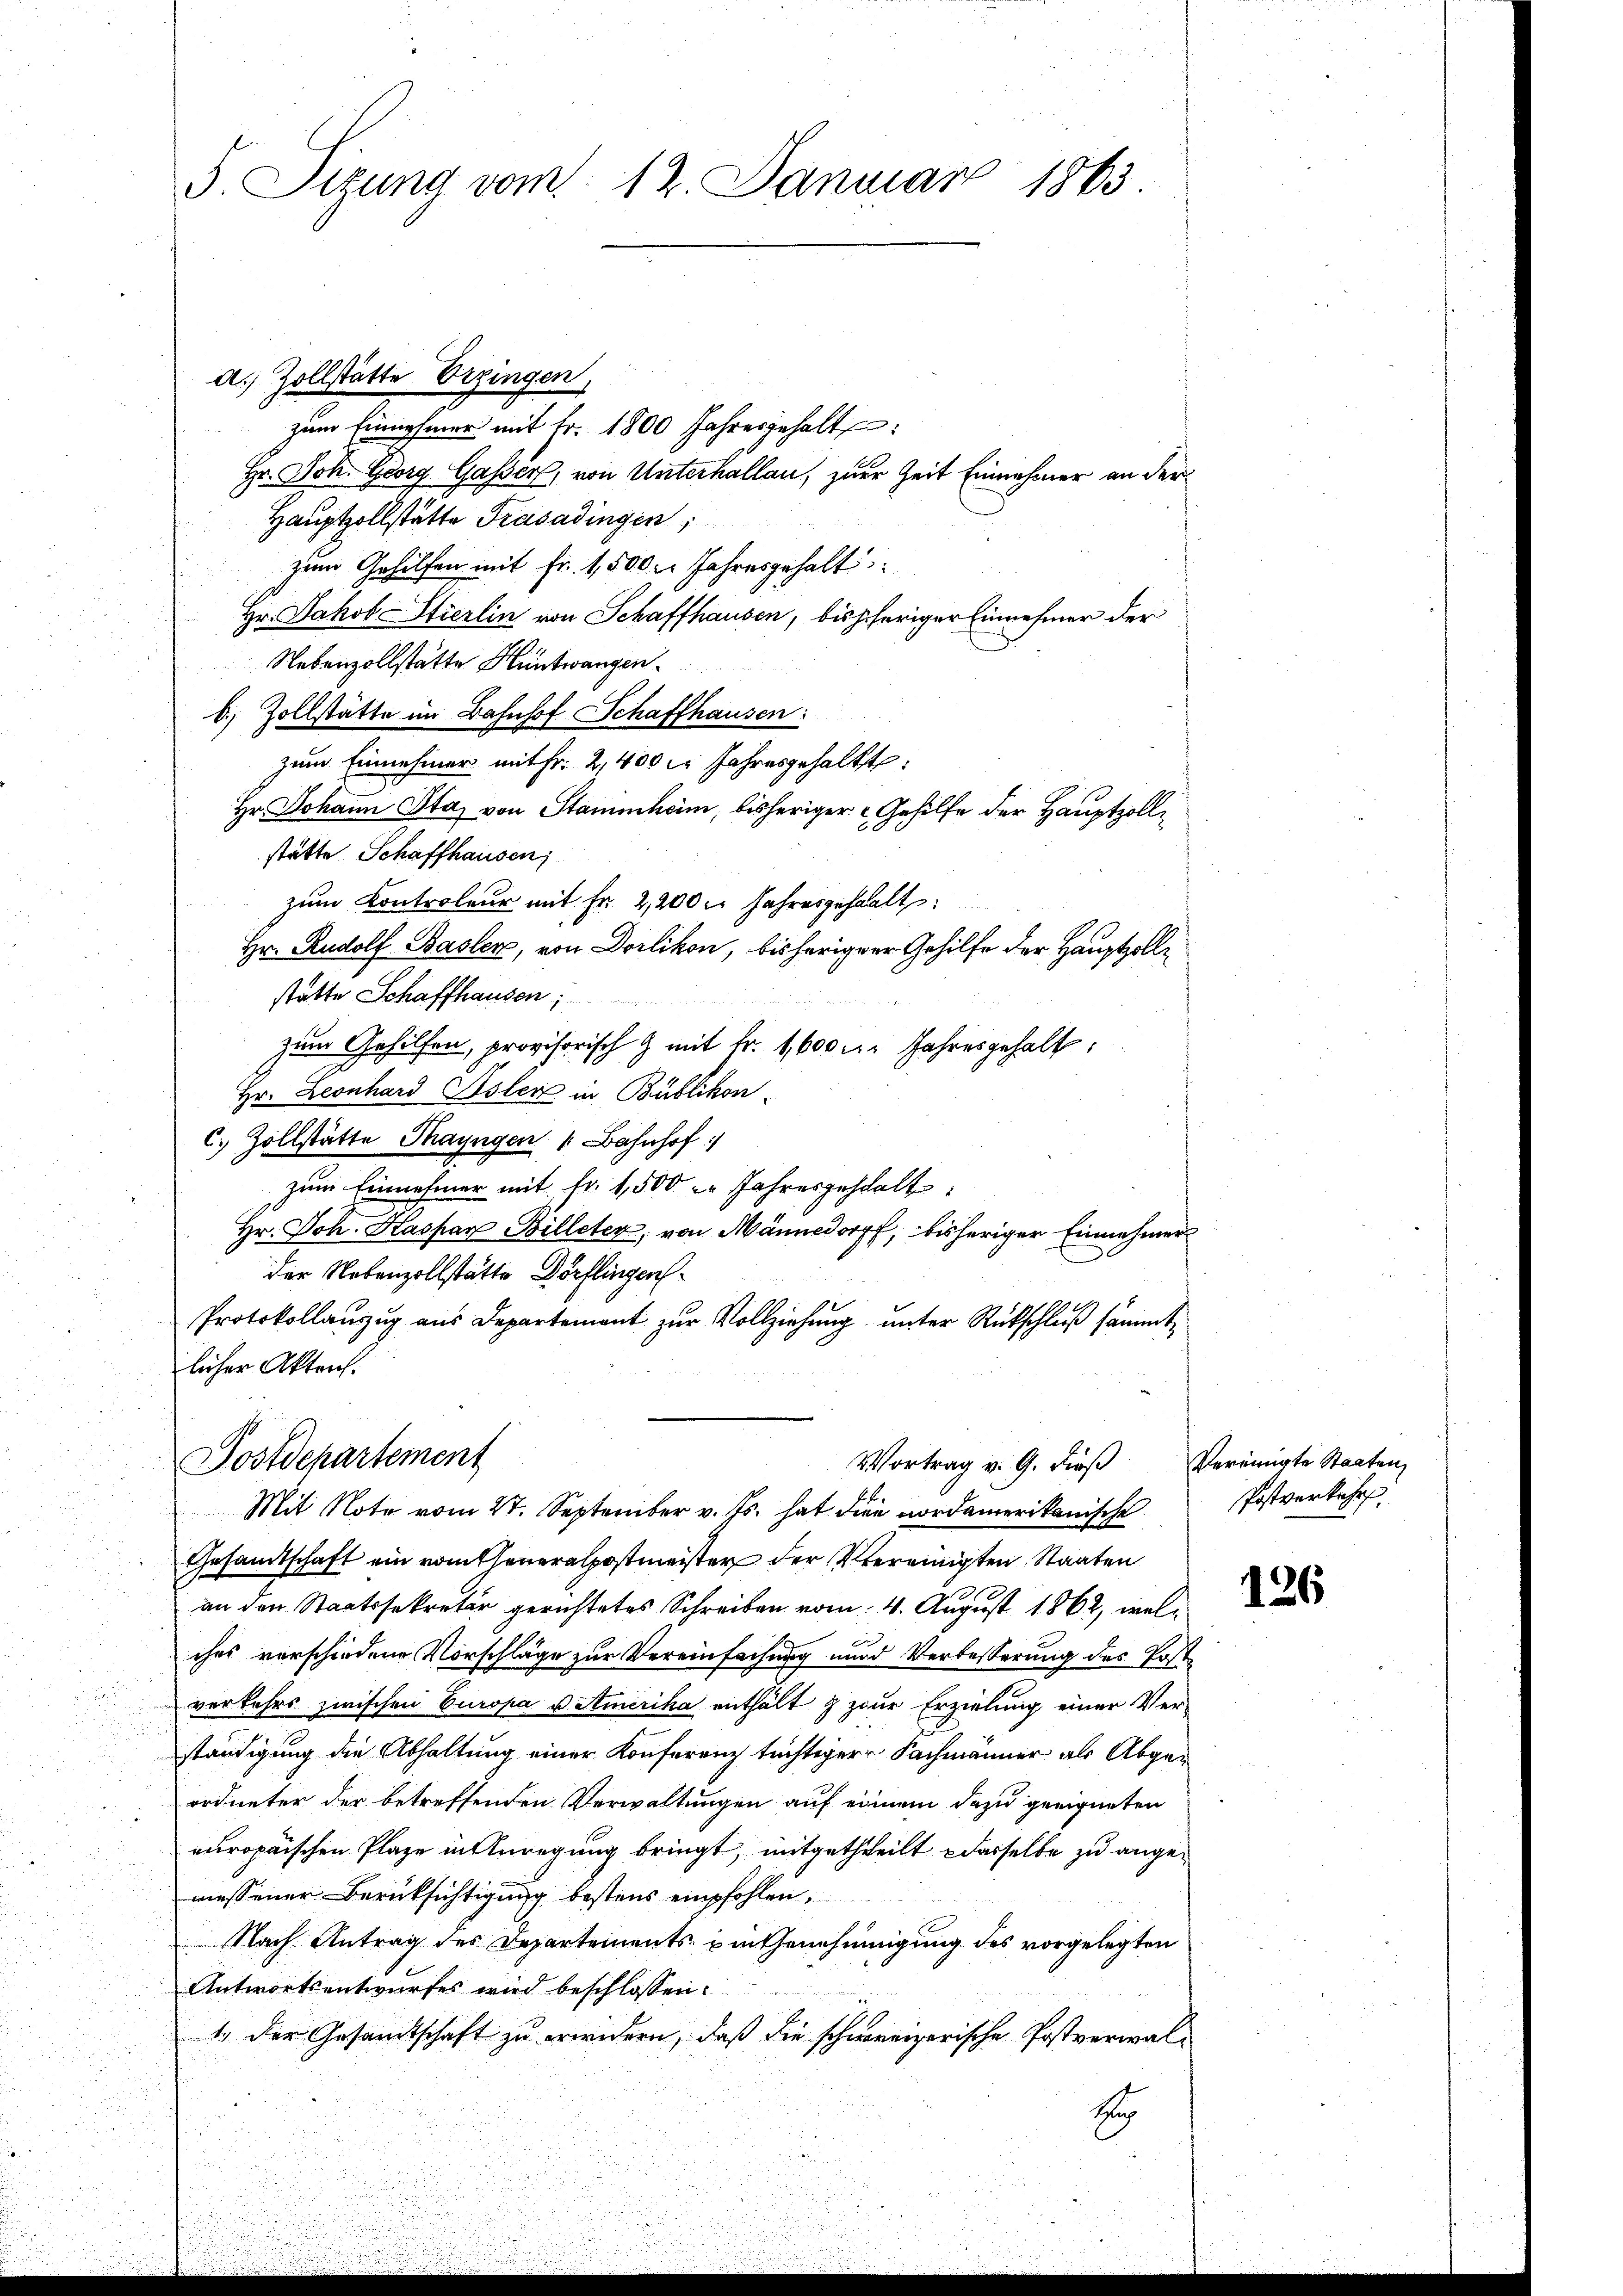
a.) Zollstätte Erzingen,
zum Einnehmer mit Fr. 1800 Jahresgehalt
Hr. Joh. Georg Gasser, von Unterhallau, zur Zeit Einnehmer an der
Hauptzollstatte Frasadingen,
zum Gehilfen mit Fr. 1,500 l. Jahresgehalt
Hr. Jakob Stierlin von Schaffhausen, bisheriger Einnehmer der
Nebenzollstätte Hüntwangen.
b. Zollstätte im Bahnhof Schaffhausen:
zum Einnehmer mit Fr. 2,400 l. Jahresgehaltet:
Hr. Johann Sta, von Stammheim, bisheriger Gehilfe der Hauptzollstatte Schaffhausen,
zum Controleur mit Fr. 2,200 l. Jahresgehalt
Hr. Rudolf Basler, von Dorlikon, bisheriger Gehilfe der Hauptzolle
stätte Schaffhausen;
zum Gehilfen, provisorisch & mit Fr. 1600 u. Jahresgehalt,
Hr. Leonhard Isler in Bublikon
c. Zollstätte Thayngen Bahnhof
zum Einnehmer mit Fr. 1,500 Jahresgehalt
Hr. Joh. Kaspar Billeter, von Männedorff, bisheriger Einnehmer
der Nebenzollstätte Dörflingen
Protokollauszug aus Departement zur Vollziehung unter Rückschluß sammte
licher Akten.

5. Sitzung vom 12. Januar 1863

Postdepartement
Vortrag v. G. dieβ vereinigte Staaten,
Mit Note vom 27. September v. Js. hat die nordamerikanische

Gesandtschaft ein vom Generalpostmeister der Vereinigten Staaten
an den Staatssekretär gerichtetes Schreiben vom 4. August 1862, welches verschiedene Vorschläge zur Vereinfachung unnd Verbesserung des Postverkehrs zwischen Europa u. Amerika enthält & zur Erzielung einer Verständigung die Abhaltung einer Konferenz tüchtiger Fachmänner als Abgeordneter der betreffenden Verwaltungen auf einem dazu geeigneten
europaischen Plaze in Anregung bringt, mitgetheilt, dasselbe zu angemessener Berücksichtigung bestens empfohlen,
Nach Antrag des Departements um Genehmigung des vorgelegten
Antwortsentwurfes wird beschlossen:
1.) Der Gesandtschaft zu erwidern, daß die schweizerische Postverwal¬
1

Postverkehr

126